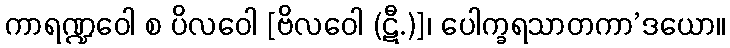
ကာရဏ္ဍဝေါ စ ပိလဝေါ [ဗိလဝေါ (ဋီ.)]၊ ပေါက္ခရသာတကာ’ဒယော။